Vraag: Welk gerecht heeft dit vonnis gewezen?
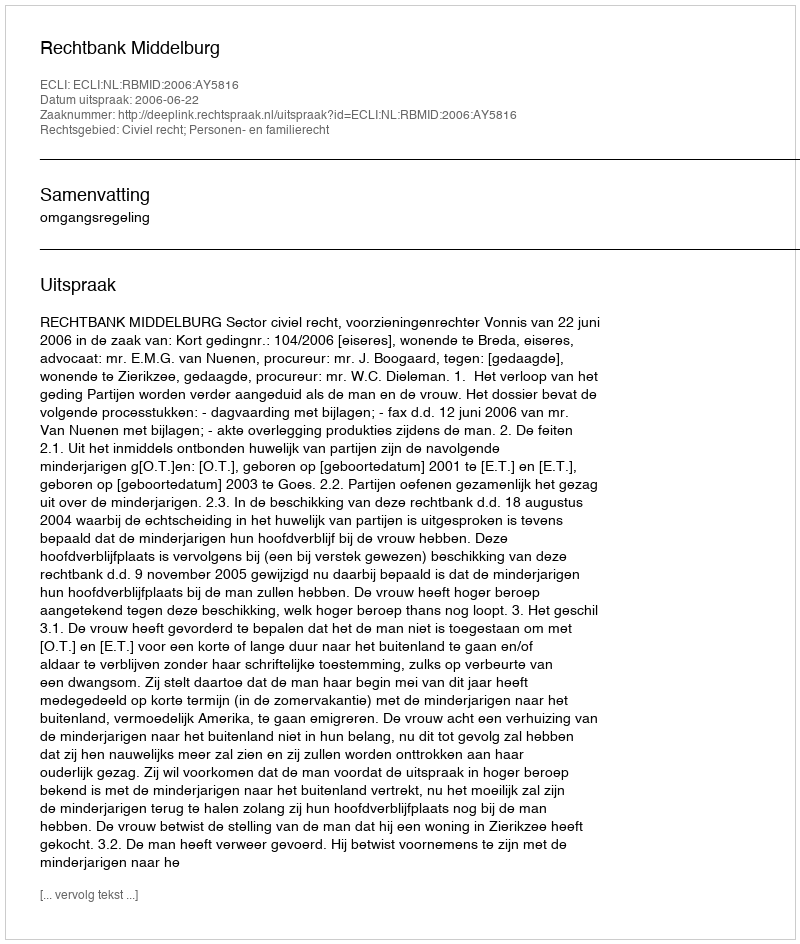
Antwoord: Rechtbank Middelburg